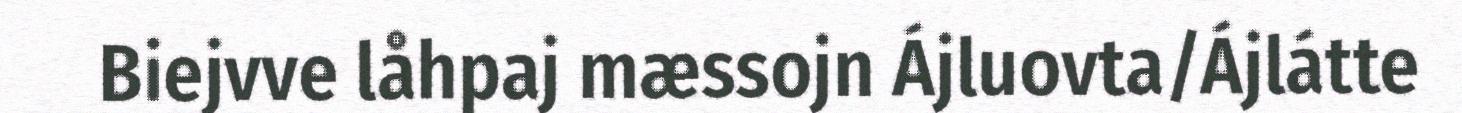
Biejvve låhpaj mæssojn Ájluovta/Ájlátte